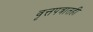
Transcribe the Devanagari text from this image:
वृत्तपत्रातही